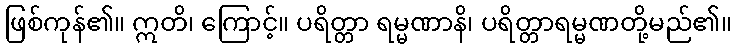
ဖြစ်ကုန်၏။ ဣတိ၊ ကြောင့်။ ပရိတ္တာ ရမ္မဏာနိ၊ ပရိတ္တာရမ္မဏတို့မည်၏။